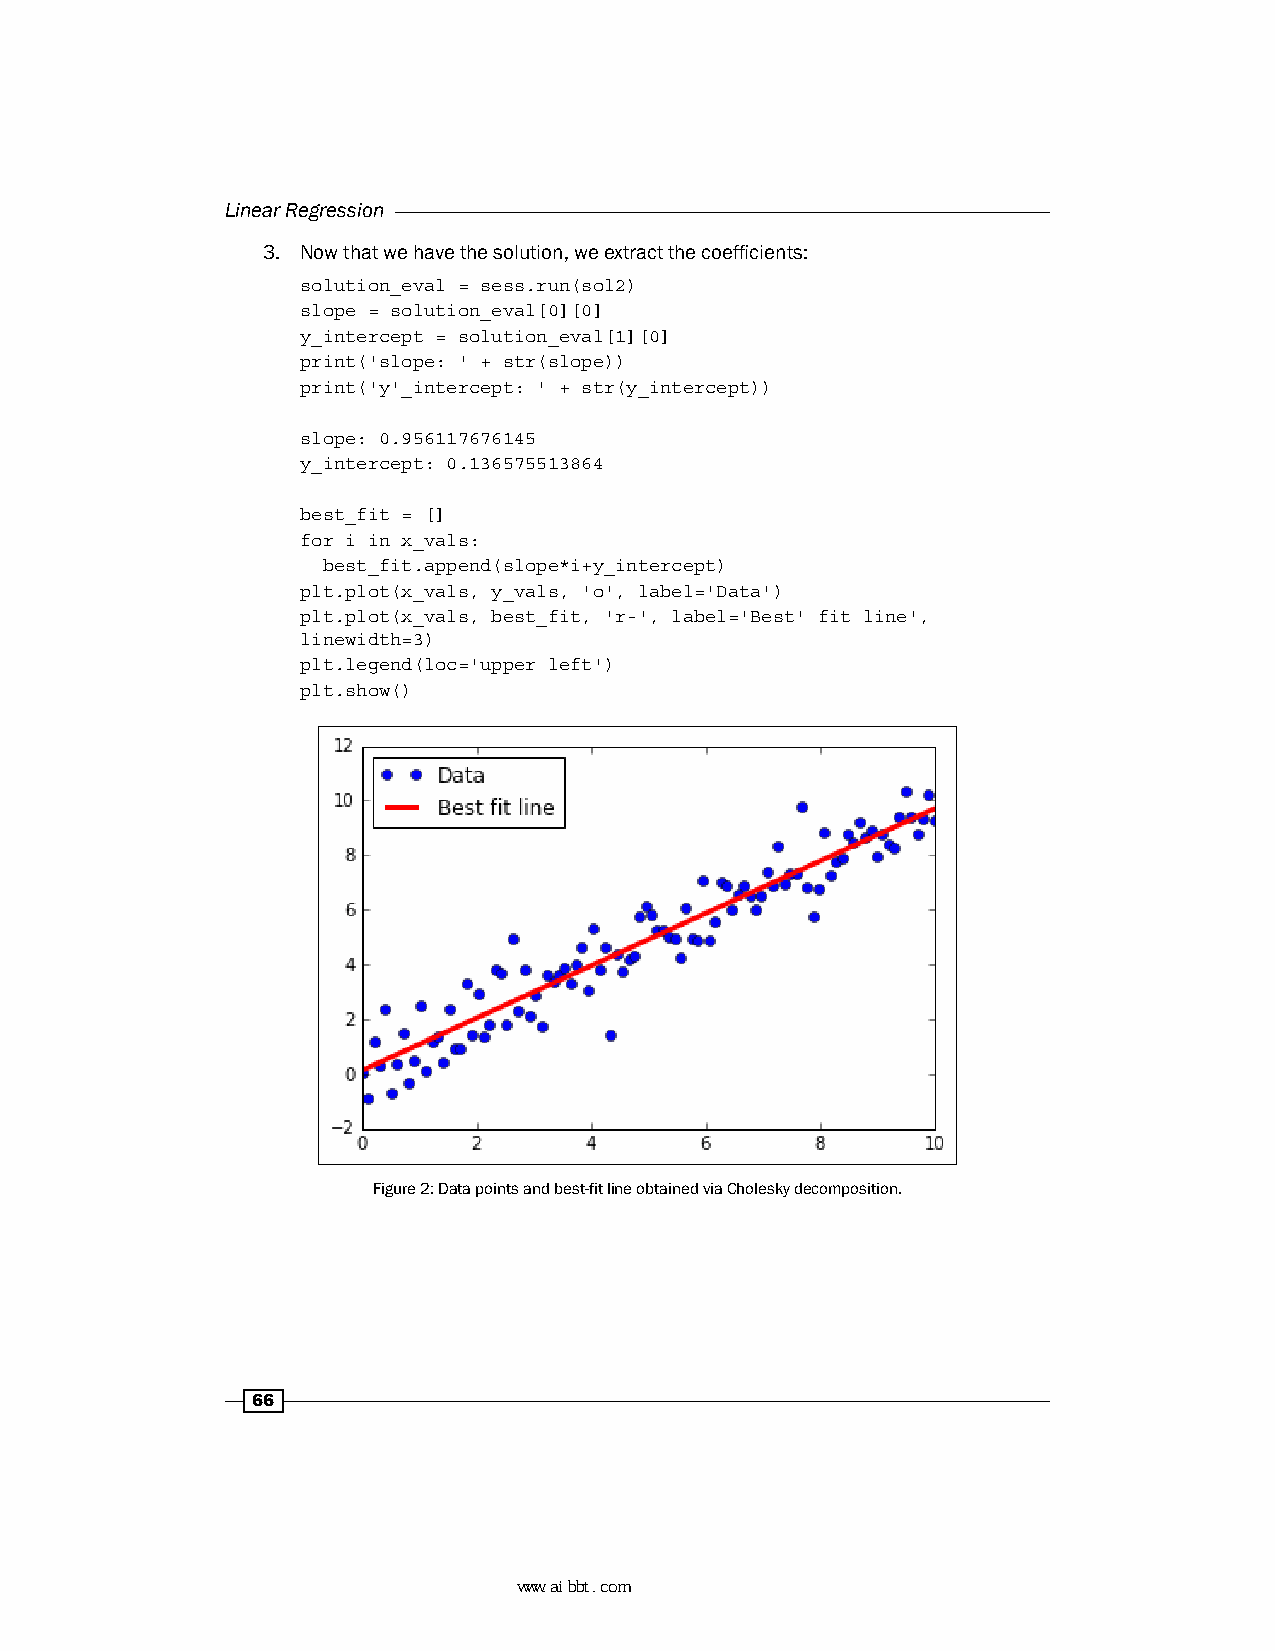
Linear Regression
 3. Now that we have the solution, we extract the coefficients:
 solution_eval = sess.run(sol2)
 slope = solution_eval[0][0]
 y_intercept = solution_eval[1][0]
 print('slope: ' + str(slope))
 print('y'_intercept: ' + str(y_intercept))
 slope: 0.956117676145
 y_intercept: 0.136575513864
 best_fit = []
 for i in x_vals:
 best_fit.append(slope*i+y_intercept)
 plt.plot(x_vals, y_vals, 'o', label='Data')
 plt.plot(x_vals, best_fit, 'r-', label='Best' fit line',
 linewidth=3)
 plt.legend(loc='upper left')
 plt.show()
 Figure 2: Data points and best-fit line obtained via Cholesky decomposition.
 66
 www.aibbt.com 让未来触手可及